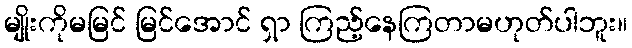
မျိုးကိုမမြင် မြင်အောင် ရှာ ကြည့်နေကြတာမဟုတ်ပါဘူး။